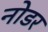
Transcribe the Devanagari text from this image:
नोडर